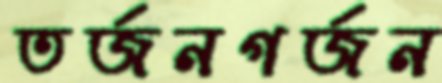
তর্জনগর্জন